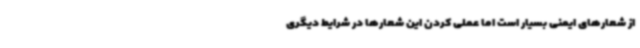
از شعارهای ایمنی بسیار است اما عملی کردن این شعارها در شرایط دیگری